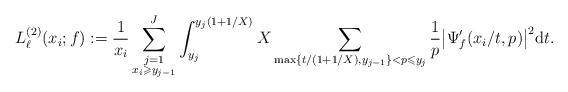
LaTeX: \begin{align*} L^{(2 )}_{\ell}(x_i;f):= \frac{1}{x_i}\sum_{\substack{j=1 \\ x_i \geqslant y_{j-1}}}^J \int_{y_{j}}^{y_j(1+1/X)} X \sum_{\max \{ t/(1+1/X),y_{j-1} \} < p \leqslant y_j} \frac{1}{p} \big|\Psi_f^{\prime}(x_i/t,p)\big|^2{\rm d}t.\end{align*}